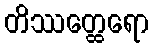
တိဿတ္ထေရော